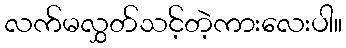
လက်မလွှတ်သင့်တဲ့ကားလေးပါ။